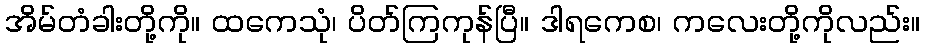
အိမ်တံခါးတို့ကို။ ထကေသုံ၊ ပိတ်ကြကုန်ပြီ။ ဒါရကေစ၊ ကလေးတို့ကိုလည်း။